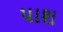
પાશ